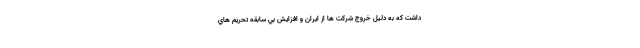
داشت كه به دليل خروج شركت ها از ايران و افزايش بي سابقه تحريم هاي